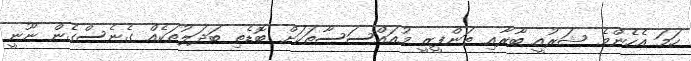
ހަމަ އެހެންމެ ޝަރުއީ ބާރާއި ތަންފީޒީ މުއައްސަސާތަކަށް ބޮޑެތި ބަދަލުތަކެއް ގެނެސްގެން ނޫނީ